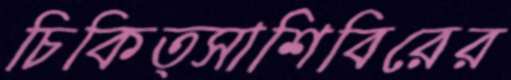
চিকিত্সাশিবিরের